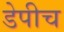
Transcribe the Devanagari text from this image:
डेपीच